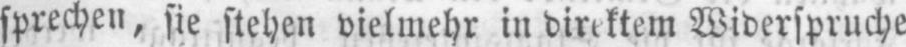
sprechen, sie stehen vielmehr in direktem Widerspruche